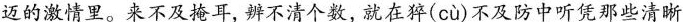
迈的激情里。来不及掩耳，辨不清个数，就在猝( cù )不及防中听凭那些清晰